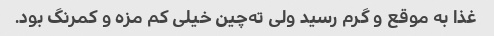
غذا به موقع و گرم رسید ولی ته‌چین خیلی کم مزه و کمرنگ بود.